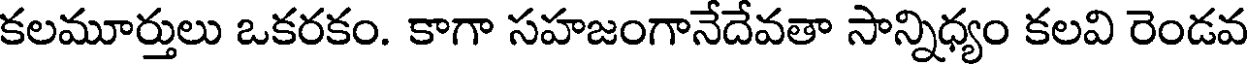
కలమూర్తులు ఒకరకం. కాగా సహజంగానేదేవతా సాన్నిధ్యం కలవి రెండవ